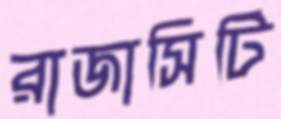
রাজাসিটি